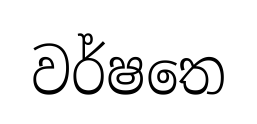
වර්ෂතෙ